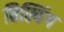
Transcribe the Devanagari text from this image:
बिस्पिंग